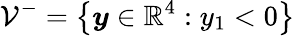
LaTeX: \mathcal{V}^{-}=\left\lbrace\boldsymbol{y}\in\mathbb{R}^{4}:y_{1}<0\right\rbrace